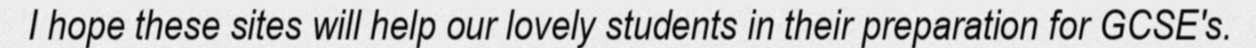
I hope these sites will help our lovely students in their preparation for GCSE's.